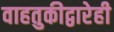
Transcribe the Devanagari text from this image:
वाहतुकीद्वारेही